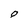
Character: 0